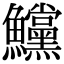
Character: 𩽳